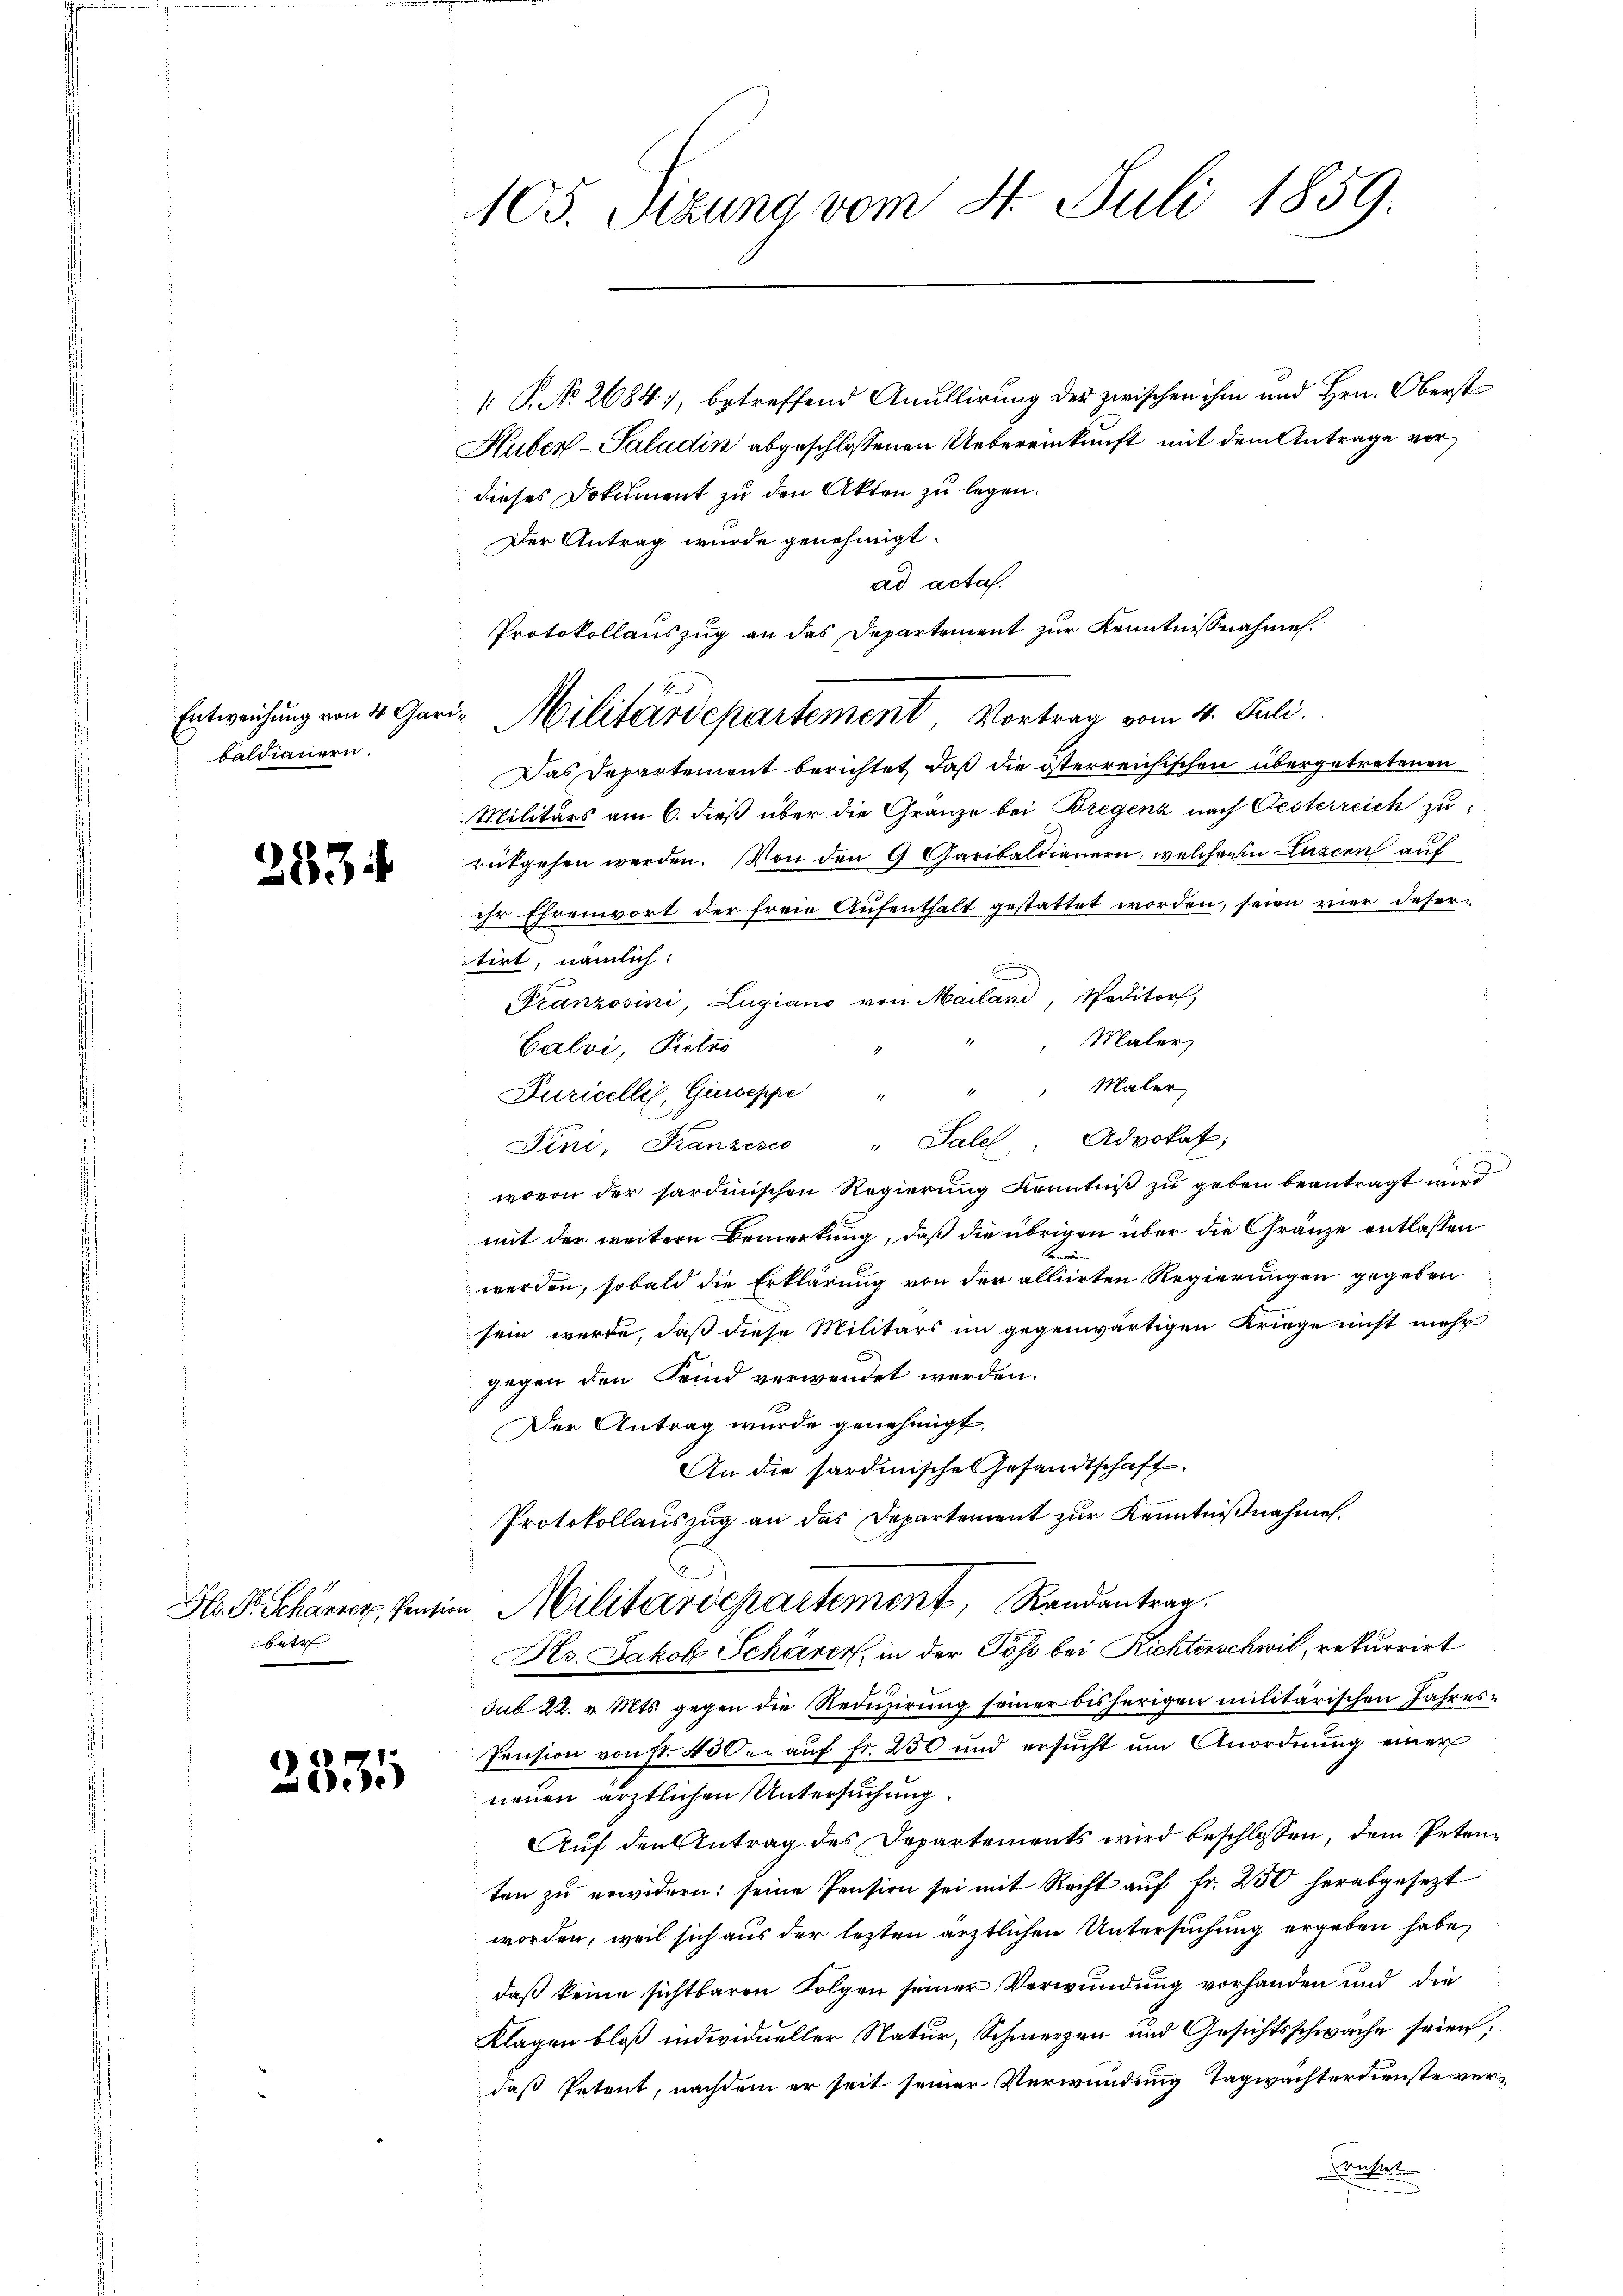
baldianern.

2534

bett

3331

105. Sizung vom 4. Juli 1859.

: P. No. 2684), betreffend Anullirung der zwischen ihm und Hrn. Oberst
Huber-Saladin abgeschlossenen Uebereinkunft mit dem Antrage vor
dieses Dokument zu den Akten zu legen.
Der Antrag wurde genehmigt.
ad acta.
Protokollauszug an das Departement zur Kenntnissnahme.
Entweichung von 4 Gari, Militärdepartement, Vortrag vom 4. Juli.
Das Departement berichtet, daß die österreichischen übergetretenen
Militärs am 6. dieß über die Granze bei Bregenz nach Gesterreich zu
rükgehen werden. Von den 9 Garibaldienern, welchen in Luzern auf
ihr Ehrenwort der freie Aufenthalt gestattet worden, seien vier deser-
tirt, nämlich:
Franzosini, Lugiano von Mailand, Speditor,
Maler,
Calvi, Pietro
" " Maler,
Puricelle, Guseppe "
Tini, Kanzesco " Sale, Advokat;
wovon der sardinischen Regierŭng Kenntniß zu geben beantragt wird
mit der weitern Bemerkung, daß die übrigen über die Gränze entlassen
n
werden, sobald die Erklärung von der alliirten Regierungen gegeben
sein werde, daß diese Militärs im gegenwärtigen Kriege nicht mehr
gegen den Feind verwendet werden.
Der Antrag wurde genehmigt.
An die hardinische Gesandtschaft.
Protokollauszug an das Departement zur Kenntnißnahmen.
H. Dr. Scharrer, sein Militärdepartement, Randantrag
Hs. Jakob Schärer, in der Töß bei Richterschwil, rekurrirt
sub 22. v. Mts. gegen die Reduzirung seiner bisherigen militärischen Jahres¬
Pension von Fr. 45 der auf fr. 250 und ersŭcht um Anordnung einer
neuen ärztlichen Untersuchung.
Auf den Antrag des Departements wird beschlossen, dem Petenten zu erwidern: seine Pension sei mit Recht aŭf fr. 250 herabgesezt
worden, weil sich aus der lezten ärztlichen Untersuchung ergeben habe,
daß keine sichtbaren Folgen seiner Verwundung vorhanden und die
Klagen bloß individueller Natur, Schmerzen und Gesichtsschwäche seien;
daß Petent, nachdem er seit seiner Verwundung Tagwachterdienste ver¬
Konfert